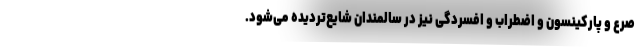
صرع و پارکینسون و اضطراب و افسردگی نیز در سالمندان شایع‌تردیده می‌شود.